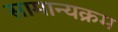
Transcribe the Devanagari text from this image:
सामान्यक्रम